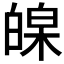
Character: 𤾏